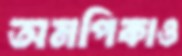
অমপিকাও